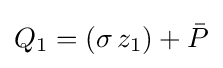
Q_{1}=(\sigma \,z_{1})+{\bar {P}}